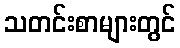
သတင်းစာများတွင်